Trukikaitis_Postimees, lk 5
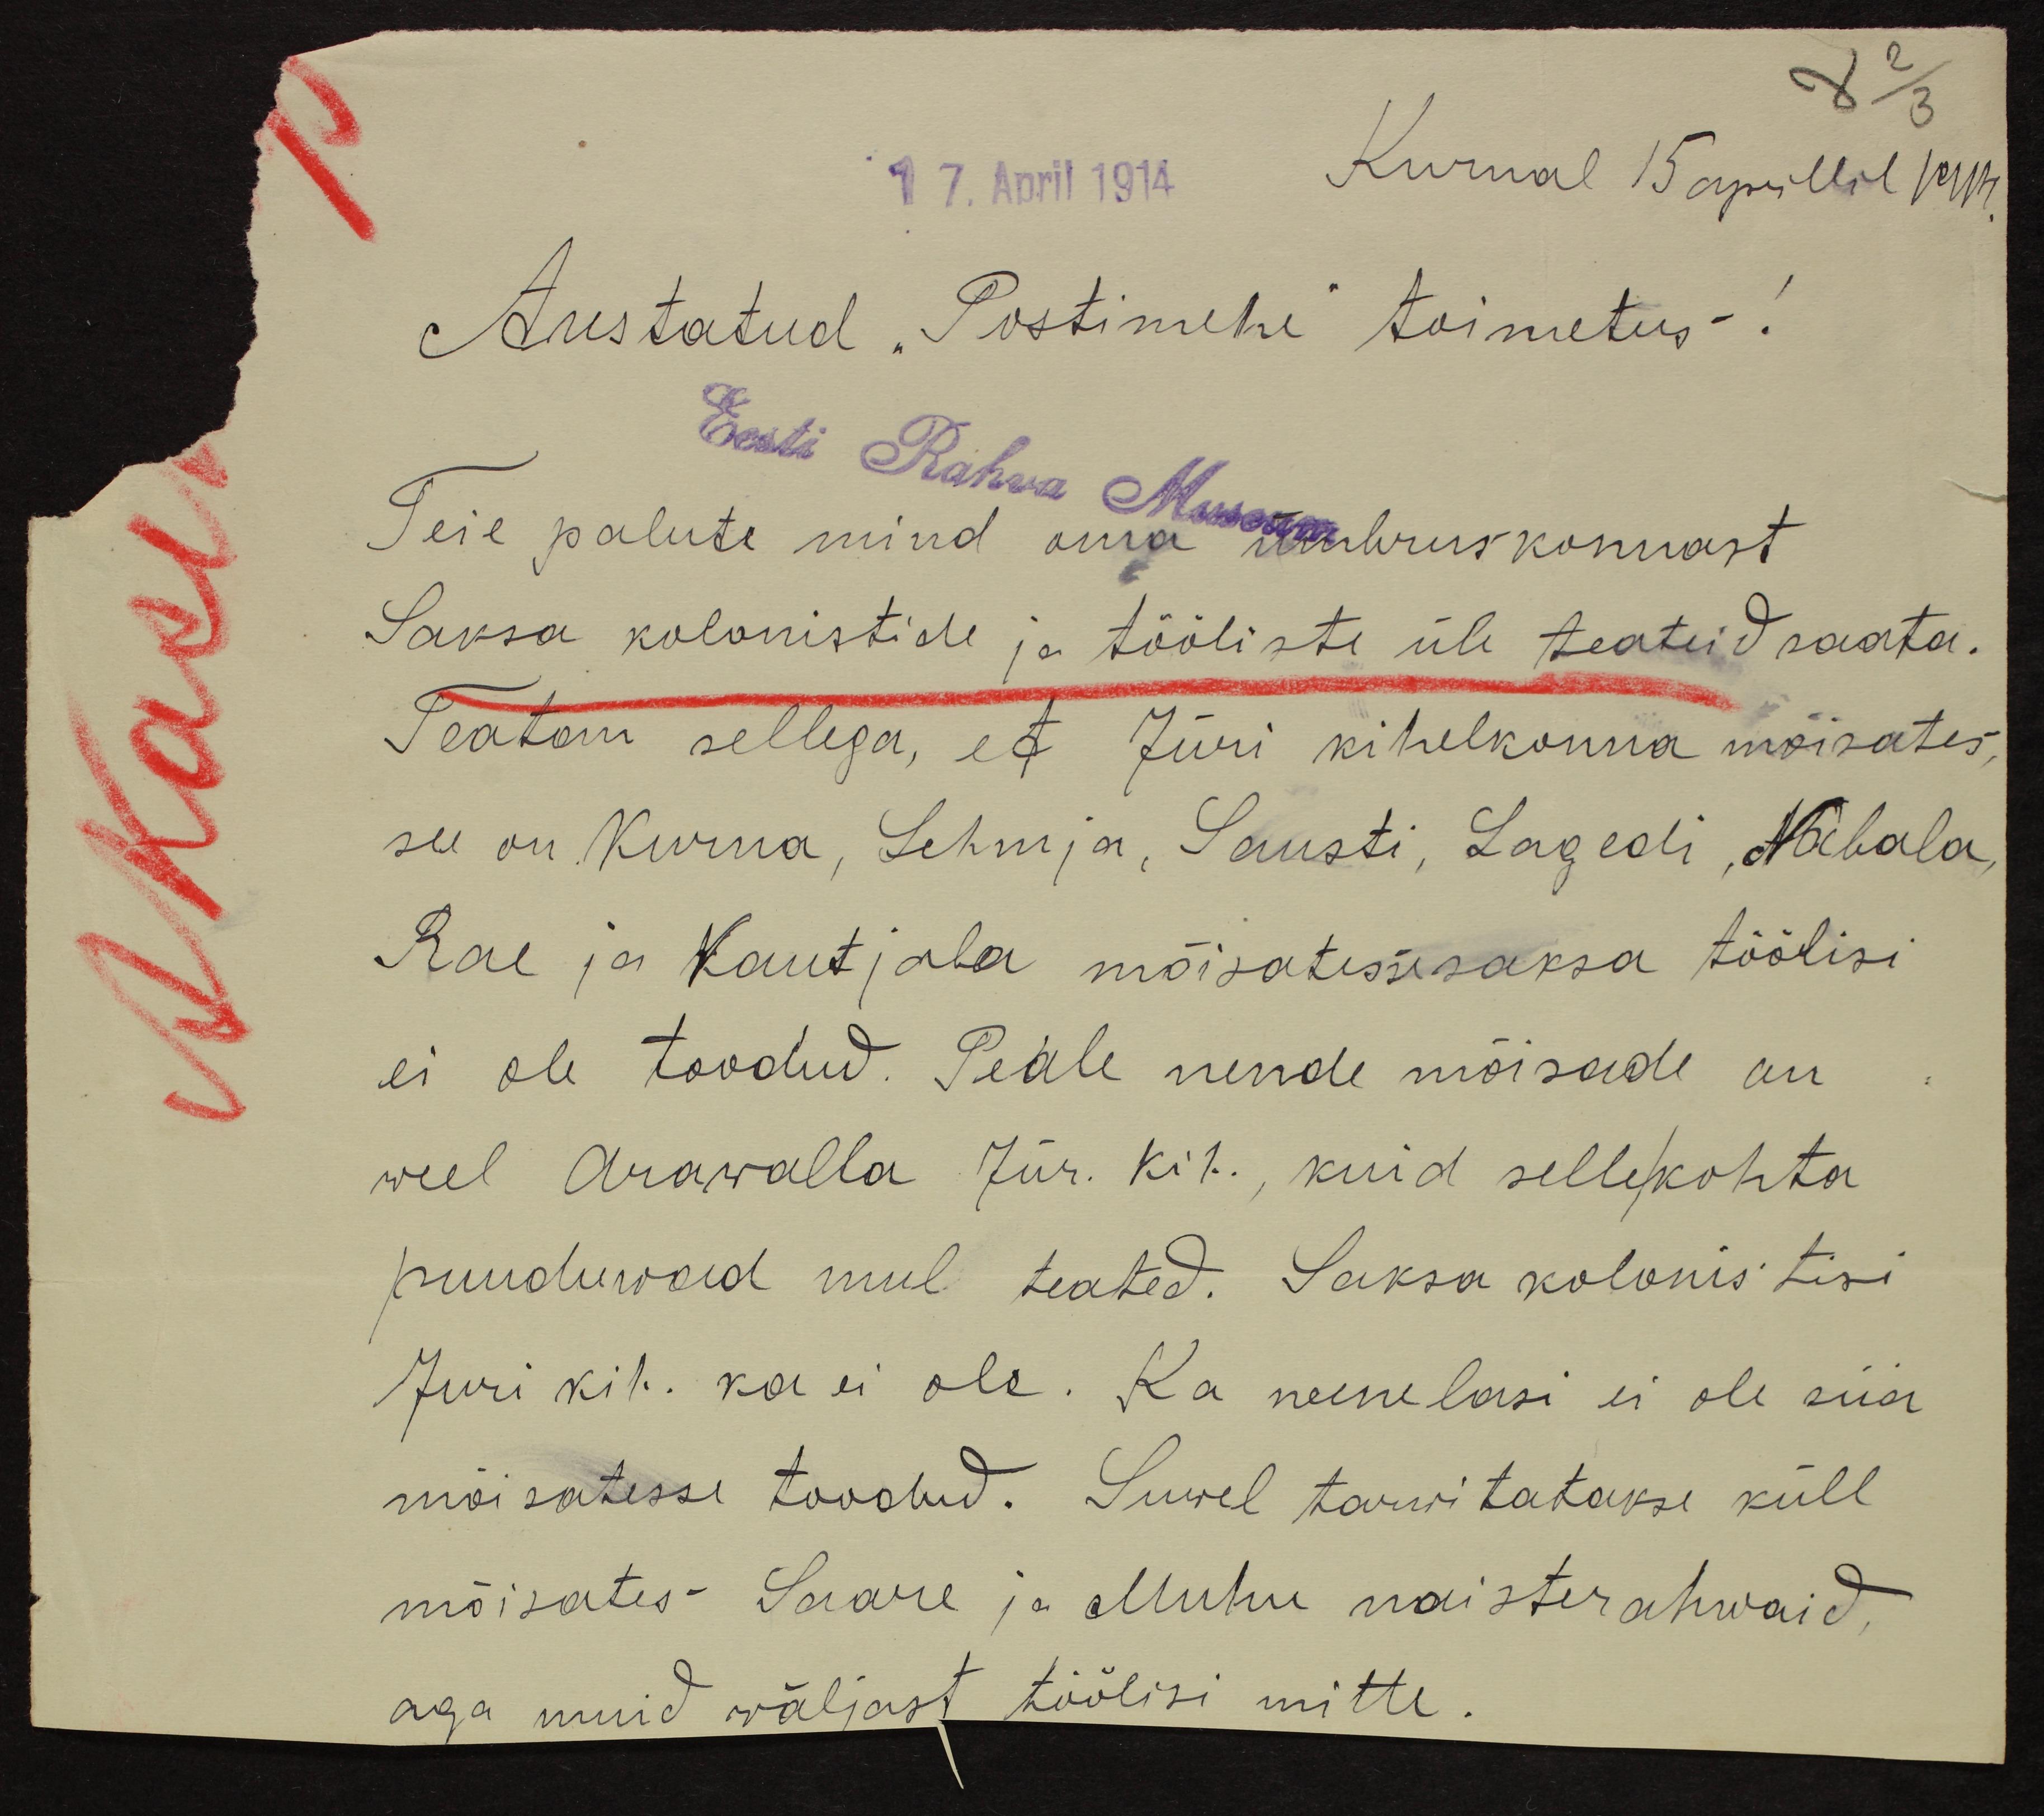
17. April 1914 Kurnal 15 aprillil 1914
Austatud "Postimehe" toimetus!
Eest Rahva Museum
Teie palute mind oma ümbruskonnast
Saksa kolonistide ja tööliste üle teateid saata.
Teatan sellega, et Jüri kihelkonna mõisates,
see on Kurna, Lehmja, Sausti, Lagedi, Nabala
Rae ja Kautjala mõisatesse saksa töölisi
ei ole toodud. Peale nende mõisade on
weel Arawalla Jür. kih., kuid sellekohta
puuduwad mul teated. Saksa kolonistisi
Juri kih. ka ei ole. Ka wenelasi ei ole siia
mõisatesse toodud. Suwel tarwitatakse küll
mõisates Saare ja Muhu naisterahwaid,
aga muid wäljast töölisi mitte.